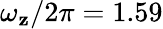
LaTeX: \omega_{\mathbf{z}}/2\pi=1.59